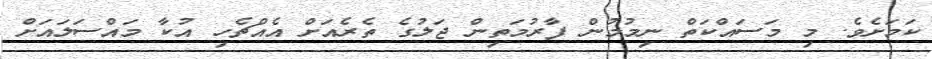
ކަމަށެވެ. މި މަސައްކަތް ނިމުމުން ފާރުމަތިން ޖަލުގެ ތެރެއަށް އެއްޗެހި އުކާ މައްސަލައަށް